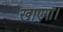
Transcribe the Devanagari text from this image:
खाएगा।